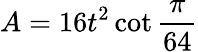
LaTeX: A=16t^{2}\cot{\frac{\pi}{64}}